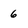
Character: 6